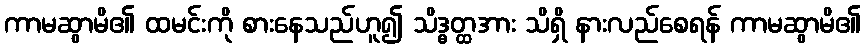
ကာမဆွာမိ၏ ထမင်းကို စားနေသည်ဟူ၍ သိဒ္ဓတ္ထအား သိရှိ နားလည်စေရန် ကာမဆွာမိ၏